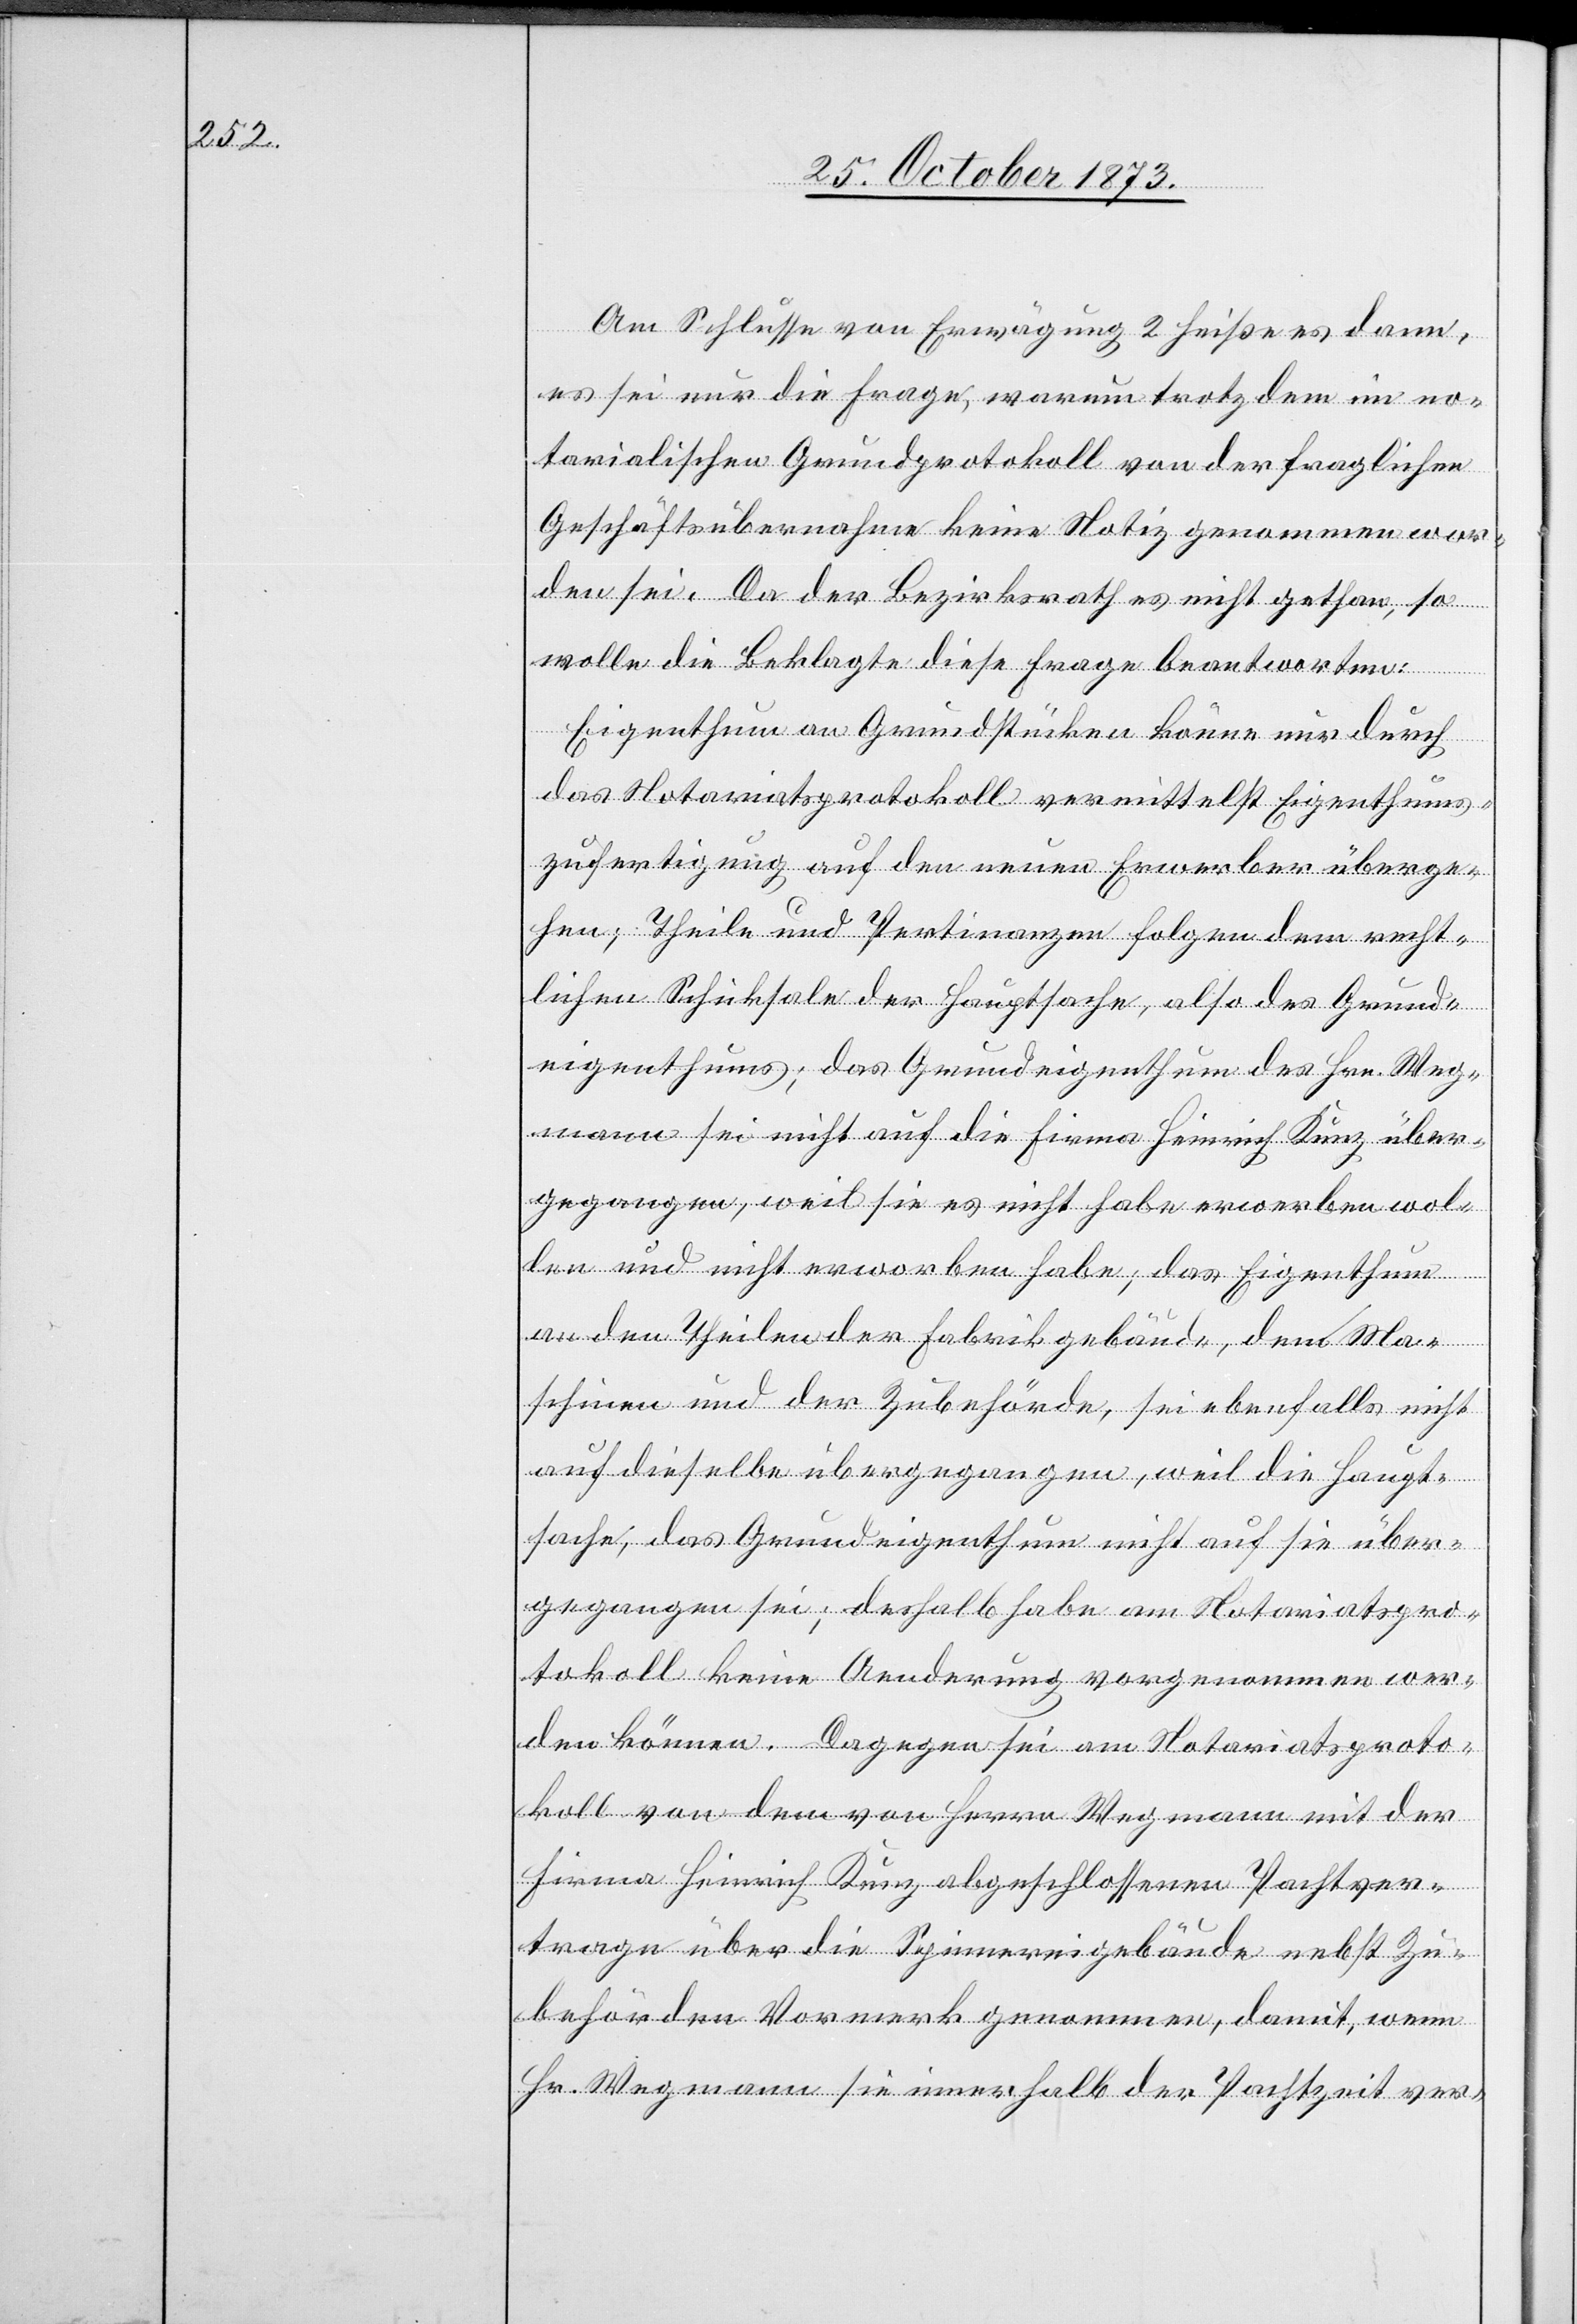
Am Schlusse von Erwägung 2 heiße es dann,
es sei nur die Frage, warum trotzdem im no¬
tarialischen Grundprotokoll von der fraglichen
Geschäftsübernahme keine Notiz genommen wor¬
den sei. Da der Bezirksrath es nicht gethan, so
wolle die Beklagte diese Frage beantworten:
Eigenthum an Grundstücken könne nur durch
das Notariatsprotokoll vermittelst Eigenthums¬
zufertigung auf den neuen Erwerber überge¬
hen; Theile und Pertinanzen [sic!] folgen dem recht¬
lichen Schicksale der Hauptsache, also des Grund¬
eigenthums; das Grundeigenthum des Hrn. Weg¬
mann sei nicht auf die Firma Heinrich Kunz über¬
gegangen, weil sie es nicht habe erwerben wol¬
len und nicht erworben habe; das Eigenthum
an den Theilen der Fabrikgebäude, den Ma¬
schinen und der Zubehörde, sei ebenfalls nicht
auf dieselbe übergegangen, weil die Haupt¬
sache, das Grundeigenthum nicht auf sie über¬
gegangen sei; deshalb habe am Notariatspro¬
tokoll keine Aenderung vorgenommen wer¬
den können. Dagegen sei am Notariatsproto¬
koll von dem von Herrn Wegmann mit der
Firma Heinrich Kunz abgeschlossenen Pachtver¬
trage über die Spinnereigebäude nebst Zu¬
behörden Vormerk genommen, damit, wenn
Hr. Wegmann sie innerhalb der Pachtzeit ver-